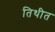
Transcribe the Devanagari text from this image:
तिथीत